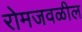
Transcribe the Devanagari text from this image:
रोमजवळील